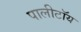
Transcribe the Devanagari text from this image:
पालीटॉय